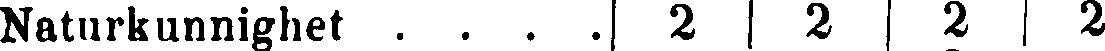
Naturkunnighet . . . . 2 2 2 2